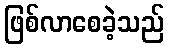
ဖြစ်လာစေခဲ့သည်